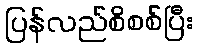
ပြန်လည်စိစစ်ပြီး